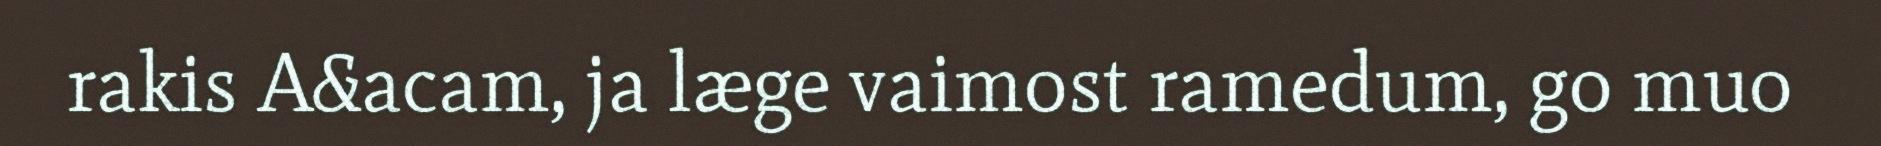
rakis A&acam, ja læge vaimost ramedum, go muo